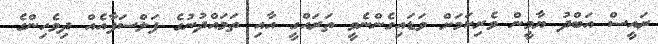
ރައީސް އަބްދު ޔާމީން ވެރިކަމަށް ވަޑައިގެންނެވީ ތަރައްގީ އާއި ތަމައްދުނުގެ ފަލްސަފާއެއް ދިވެހިންގެ